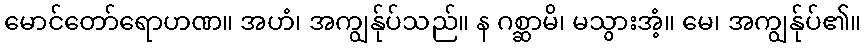
မောင်တော်ရောဟဏ။ အဟံ၊ အကျွန်ုပ်သည်။ န ဂစ္ဆာမိ၊ မသွားအံ့။ မေ၊ အကျွန်ုပ်၏။